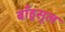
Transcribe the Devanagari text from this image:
बाँहुसूल